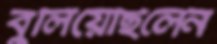
বুলিয়েছিলেন